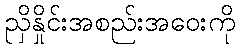
ညှိနှိုင်းအစည်းအဝေးကို